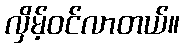
လှိမ့်ဝင်လာတယ်။